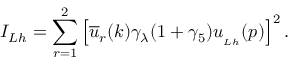
I _ { L h } = \sum _ { r = 1 } ^ { 2 } \left[ \overline { { { u } } } _ { r } ( k ) \gamma _ { \lambda } ( 1 + \gamma _ { 5 } ) u _ { _ { L h } } ( p ) \right] ^ { 2 } .